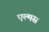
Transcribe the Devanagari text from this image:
एल्मस